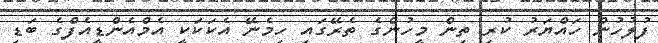
ފުލުހުން ހައްޔަރު ކުރި ތިން މީހުންގެ ތެރޭގައި ހިމެނޭ އެކަކަކީ އެމްއެންޑީއެފްގެ ބަޑި